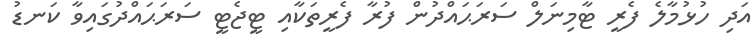
އަދި ހުޅުމާލެ ފެރީ ޓާމިނަލް ސަރަޙައްދުން ފުރާ ފެރީތަކާއި ޓީޖެޓީ ސަރަޙައްދުގައިވާ ކަނޑު